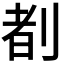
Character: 𪟈